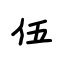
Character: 伍